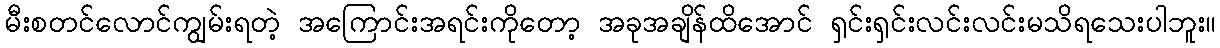
မီးစတင်လောင်ကျွမ်းရတဲ့ အကြောင်းအရင်းကိုတော့ အခုအချိန်ထိအောင် ရှင်းရှင်းလင်းလင်းမသိရသေးပါဘူး။